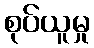
စုပ်ယူမှု